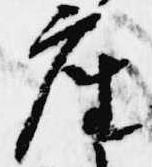
座